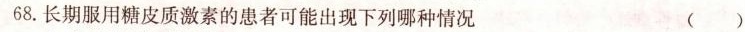
68.长期服用糖皮质激素的患者可能出现下列哪种情况 ( )